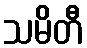
သမိတီ